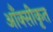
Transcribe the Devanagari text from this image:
आँक्सीकृत